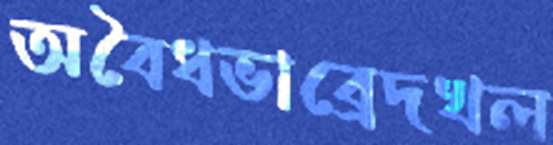
অবৈধভাব্রেদখল